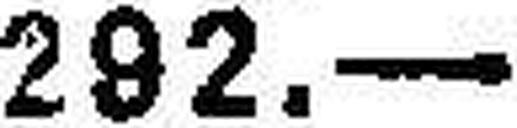
292.—